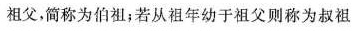
祖父，简称为伯祖；若从祖年幼于祖父则称为叔祖